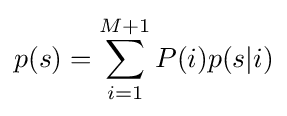
p(s)=\sum _{i=1}^{M+1}P(i)p(s|i)